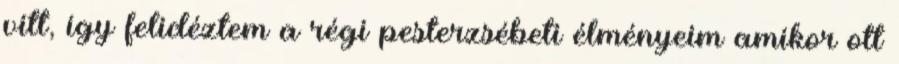
vitt, így felidéztem a régi pesterzsébeti élményeim amikor ott